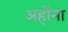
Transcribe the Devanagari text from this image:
अहोंना